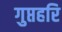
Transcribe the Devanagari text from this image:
गुप्तहरि